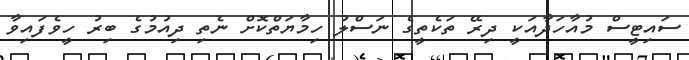
ސައިޓީސް މުއާހަދާއަކީ ދިރޭ ތަކެތީގެ ނަސްލު ހިމާޔަތްކޮށް ނެތި ދިއުމުގެ ބިރު ހީވެފައިވާ